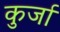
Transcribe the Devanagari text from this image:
कुर्जा